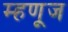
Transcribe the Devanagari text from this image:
म्हणूज